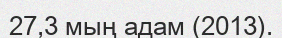
27,3 мың адам (2013).